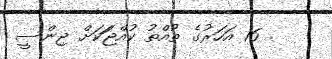
. 16 އަހަރުގެ ތުއްތު ކުއްޖަަކަށް ޖިންސީ